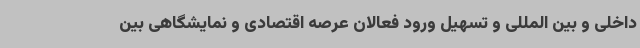
داخلی و بین المللی و تسهیل ورود فعالان عرصه اقتصادی و نمایشگاهی بین